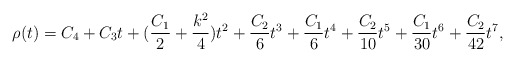
\begin{align*}\rho(t)=C_4 +C_3t +(\frac{C_1}{2} +\frac{k^2}{4})t^2 +\frac{C_2}{6}t^3+\frac{C_1}{6}t^4+\frac{C_2}{10}t^5+\frac{C_1}{30}t^6+\frac{C_2}{42}t^7,\end{align*}